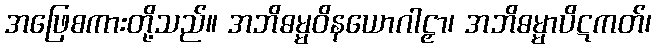
အဖြေစကားတို့သည်။ အဘိဓမ္မဝိနယောဂါဠှာ၊ အဘိဓမ္မာပိဋကတ်၊